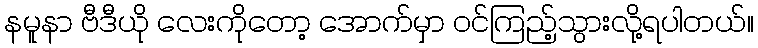
နမူနာ ဗီဒီယို လေးကိုတော့ အောက်မှာ ဝင်ကြည့်သွားလို့ရပါတယ်။